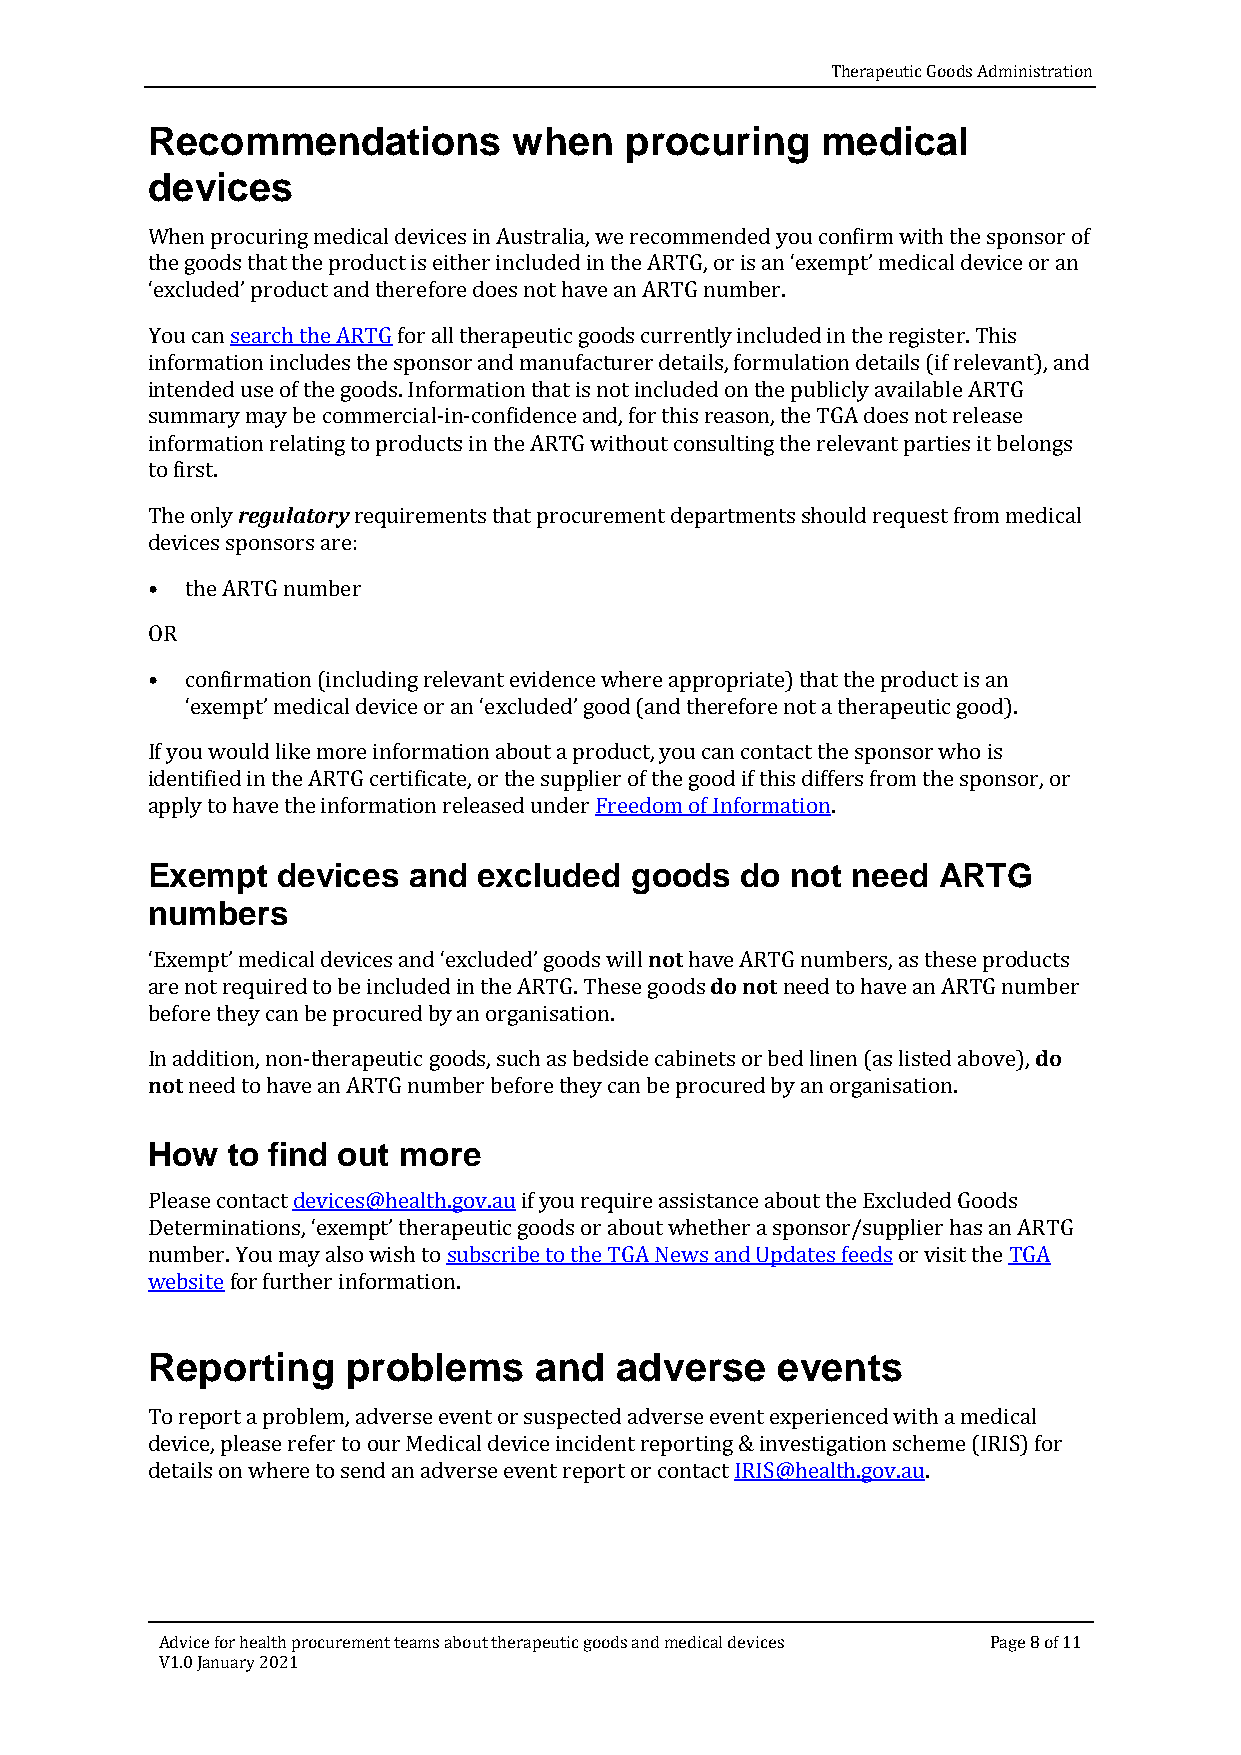
Therapeutic Goods Administration
 Recommendations         when   procuring    medical
 devices
 When procuring medical devices in Australia, we recommended you confirm with the sponsor of
 the goods that the product is either included in the ARTG, or is an ‘exempt’ medical device or an
 ‘excluded’ product and therefore does not have an ARTG number.
 You can search the ARTG for all therapeutic goods currently included in the register. This
 information includes the sponsor and manufacturer details, formulation details (if relevant), and
 intended use of the goods. Information that is not included on the publicly available ARTG
 summary may be commercial-in-confidence and, for this reason, the TGA does not release
 information relating to products in the ARTG without consulting the relevant parties it belongs
 to first. regulatory
 The only     requirements that procurement departments should request from medical
 d evices sponsors are:
 • the ARTG number
 O R
 • confirmation (including relevant evidence where appropriate) that the product is an
 ‘exempt’ medical device or an ‘excluded’ good (and therefore not a therapeutic good).
 If you would like more information about a product, you can contact the sponsor who is
 identified in the ARTG certificate, or the supplier of the good if this differs from the sponsor, or
 apply to have the information released under Freedom of Information.
 Exempt  devices  and  excluded  goods  do not need  ARTG
 numbers
 not
 do not
 ‘Exempt’ medical devices and ‘excluded’ goods will have ARTG numbers, as these products
 are not required to be included in the ARTG. These goods need to have an ARTG number
 before they can be procured by an organisation.            do
 not
 In addition, non-therapeutic goods, such as bedside cabinets or bed linen (as listed above),
 need to have an ARTG number before they can be procured by an organisation.
 How  to find out more
 Please contact devices@health.gov.au if you require assistance about the Excluded Goods
 Determinations, ‘exempt’ therapeutic goods or about whether a sponsor/supplier has an ARTG
 number. You may also wish to subscribe to the TGA News and Updates feeds or visit the TGA
 website for further information.
 Reporting    problems    and   adverse   events
 To report a problem, adverse event or suspected adverse event experienced with a medical
 device, please refer to our Medical device incident reporting & investigation scheme (IRIS) for
 details on where to send an adverse event report or contact IRIS@health.gov.au.
 Advice for health procurement teams about therapeutic goods and medical devices Page 8 of 11
 V1.0 January 2021